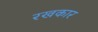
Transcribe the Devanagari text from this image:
रखकार